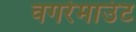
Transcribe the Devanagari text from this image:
वगरेमाउंट